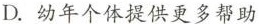
D.幼年个体提供更多帮助